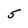
Character: 5